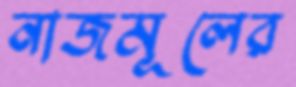
নাজমূলের